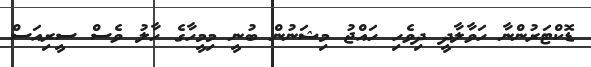
ޑޮކްޓަރުންނާ ހަވާލާދީ ދިވެހި ހައްޖު މިޝަނުން ބުނީ މިމީހާގެ ހާލު ވެސް ސީރިއަސް